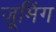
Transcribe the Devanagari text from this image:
जूमिंग